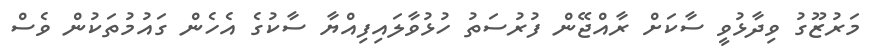
މަރުޒޫގު ވިދާޅުވީ ސާކަށް ރާއްޖޭން ފުރުސަތު ހުޅުވާލައިފިއްޔާ ސާކުގެ އެހެން ގައުމުތަކުން ވެސް